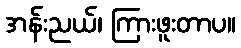
အန်းညယ်၊ ကြားဖူးတာပ။